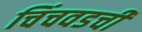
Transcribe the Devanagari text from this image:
चिंचवडची